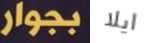
بجوار ايلا